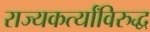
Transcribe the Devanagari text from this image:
राज्यकर्त्यांविरुद्ध